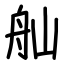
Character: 舢